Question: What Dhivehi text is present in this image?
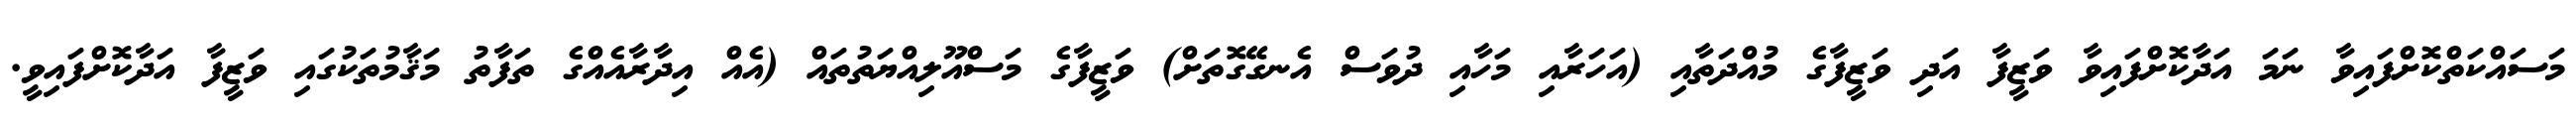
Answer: މަސައްކަތްކޮށްފައިވާ ނަމަ އަދާކޮށްފައިވާ ވަޒީފާ އަދި ވަޒީފާގެ މުއްދަތާއި (އަހަރާއި މަހާއި ދުވަސް އެނގޭގޮތަށް) ވަޒީފާގެ މަސްއޫލިއްޔަތުތައް (އެއް އިދާރާއެއްގެ ތަފާތު މަޤާމުތަކުގައި ވަޒީފާ އަދާކޮށްފައިވީ.